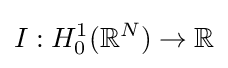
I:H_{0}^{1}(\mathbb {R} ^{N})\rightarrow \mathbb {R}